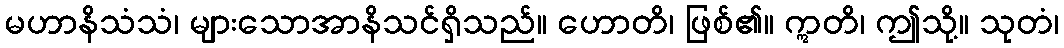
မဟာနိသံသံ၊ များသောအာနိသင်ရှိသည်။ ဟောတိ၊ ဖြစ်၏။ ဣတိ၊ ဤသို့။ သုတံ၊